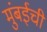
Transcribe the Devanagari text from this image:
मुुंबईची